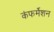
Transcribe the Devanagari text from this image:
कंफर्मेशन